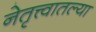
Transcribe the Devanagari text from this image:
नेतृत्त्वातल्या